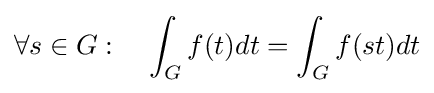
\forall s\in G:\quad \int _{G}f(t)dt=\int _{G}f(st)dt